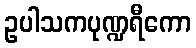
ဥပါသကပုဏ္ဍရီကော